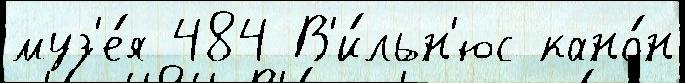
муз'е́я 484 В'и́льн'юс кано́н